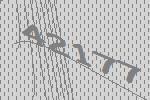
42177